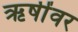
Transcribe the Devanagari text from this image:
ऋषींवर